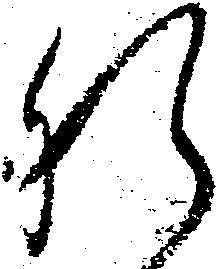
肝